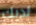
لديك